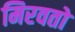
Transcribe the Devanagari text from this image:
मिरवतो